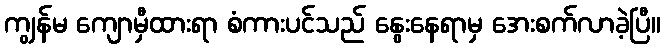
ကျွန်မ ကျောမှီထားရာ စံကားပင်သည် နွေးနေရာမှ အေးစက်လာခဲ့ပြီ။